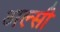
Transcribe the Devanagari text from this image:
अल्सी